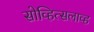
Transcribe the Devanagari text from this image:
सोव्हित्सलाव्ह